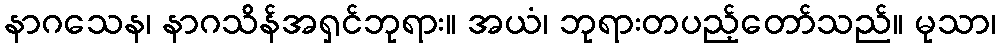
နာဂသေန၊ နာဂသိန်အရှင်ဘုရား။ အယံ၊ ဘုရားတပည့်တော်သည်။ မုသာ၊